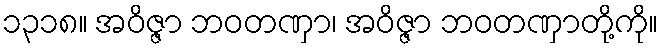
၁၃၁၈။ အဝိဇ္ဇာ ဘဝတဏှာ၊ အဝိဇ္ဇာ ဘဝတဏှာတို့ကို။